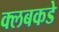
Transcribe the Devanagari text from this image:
क्लबकडे